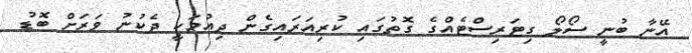
އޭނާ ބުނީ ސޯލޯ ގިޓަރިސްޓެއްގެ ގޮތުގައި ކުރިއަރައިގެން ދިއުމަކީ ދެކުނު ވަރަށް ބޮޑު